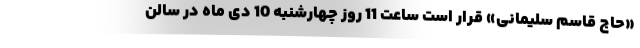
«حاج قاسم سلیمانی» قرار است ساعت 11 روز چهارشنبه 10 دی ماه در سالن